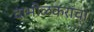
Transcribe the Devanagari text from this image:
दाभोळकरांचा